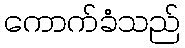
ကောက်ခံသည်